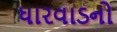
ધારવાડનો